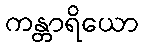
ကန္တာရိယော